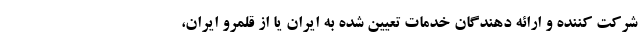
شرکت کننده و ارائه دهندگان خدمات تعیین شده به ایران یا از قلمرو ایران،